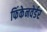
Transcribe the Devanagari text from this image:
फिंकेनवेर्डर